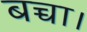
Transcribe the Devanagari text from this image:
बच्चा।